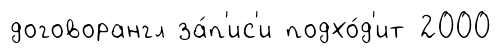
договорангл за́п'ис'и подхо́д'ит 2000